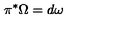
\pi ^ { * } \Omega = d \omega